Report of the Indian Hemp Drugs Commission, 1894-1895 - Volume VI
Year: 1894
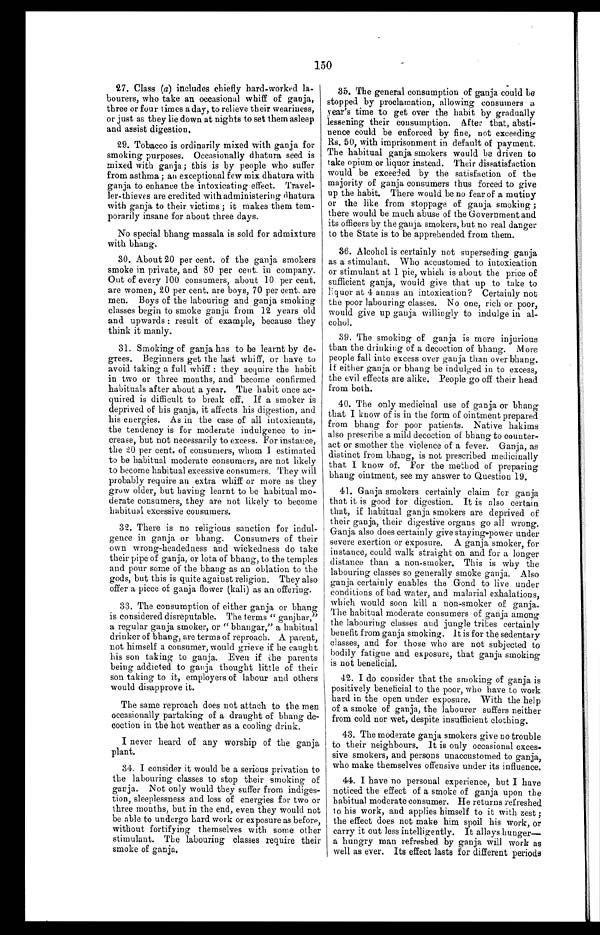
150
27. Class (a) includes chiefly hard-worked la
-bourers, who take an occasional whiff of ganja,
three or four times a day, to relieve their weariness,
or just as they lie down at nights to set them asleep
and assist digestion.
29. Tobacco is ordinarily mixed with ganja for
smoking purposes. Occasionally dhatura seed is
mixed with ganja; this is by people who suffer
from asthma; an exceptional few mix dhatura with
ganja to enhance the intoxicating effect. Travel
- l e r - t h i e v e s a r e c r e d i t e d w i t h a d m i n i s t e r i n g d h a t u r a
with ganja to their victims; it makes them te
m - p o r a r i l y i n s a n e f o r a b o u t t h r e e d a y s .
No special bhang massala is sold for admixture
with bhang.
30. About 20 per cent. of the ganja smokers
smoke in private, and 80 per cent. in company.
Out of every 100 consumers, about 10 per cent.
are women, 20 per cent. are boys, 70 per cent. are
men. Boys of the labouring and ganja smoking
classes begin to smoke ganja from 12 years old
and upwards: resul t of exampl e, because t hey
think it manly.
31. Smoking of ganja has to be learnt by de
- g r e e s . B e g i n n e r s g e t t h e l a s t w h i f f , o r h a v e t o
avoid taking a full whiff: they acquire the habit
in two or three months, and become confirmed
habituals after about a year. The habit once ac
- q u i r e d i s d i f f i c u l t t o b r e a k o f f . I f a s m o k e r i s
deprived of his ganja, it affects his digestion, and
his energies. As in the case of all intoxicants,
the tendency is for moderate indulgence to in
- c r e a s e , b u t n o t n e c e s s a r i l y t o e x c e s s . F o r i n s t a n c e ,
the 20 per cent. of consumers, whom I estimated
to be habitual moderate consumers, are not likely
to become habitual excessive consumers. They will
probably require an extra whiff or more as they
grow older, but having learnt to be habitual mo
- d e r a t e c o n s u m e r s , t h e y a r e n o t l i k e l y t o b e c o m e
habitual excessive consumers.
32. There is no religious sanction for indul
- g e n c e i n g a n j a o r b h a n g . C o n s u m e r s o f t h e i r
own wrong-headedness and wickedness do take
their pipe of ganja, or lota of bhang, to the temples
and pour some of the bhang as an oblation to the
gods, but this is quite against religion. They also
offer a piece of ganja flower (kali) as an offering.
33. The consumption of either ganja or bhang
is considered disreputable. The terms "ganjhar,"
a regular ganja smoker, or "bhangar," a habitual
drinker of bhang, are terms of reproach. A parent,
not himself a consumer, would grieve if he caught
his son taking to ganja. Even if the parents
being addicted to ganja thought little of their
son taking to it, employers of labour and others
would disapprove it.
The same reproach does not attach to the men
occasionally partaking of a draught of bhang d
e - c o c t i o n i n t h e h o t w e a t h e r a s a c o o l i n g d r i n k .
I never heard of any worship of the ganja
plant.
34. I consider it would be a serious privation to
the labouring classes to stop their smoking of
ganja. Not only would they suffer from indiges
- t i o n , s l e e p l e s s n e s s a n d l o s s o f e n e r g i e s f o r t w o o r
three months, but in the end, even they would not
be able to undergo hard work or exposure as before,
without fortifying themselves with some other
stimulant. The labouring classes require their
smoke of ganja.
35. The general consumption of ganja could be
stopped by proclamation, allowing consumers a
year's time to get over the habit by gradually
lessening their consumption. After that, absti
- n e n c e c o u l d b e e n f o r c e d b y f i n e , n o t e x c e e d i n g
Rs. 50, with imprisonment in default of payment.
The habitual ganja smokers would be driven to
take opium or liquor instead. Their dissatisfaction
would be exceeded. by the satisfaction of the
majority of ganja consumers thus forced to give
up the habit. There would be no fear of a mutiny
or the like from stoppage of ganja smoking;
there would be much abuse of the Government and
its officers by the ganja smokers, but no real danger
to the State is to be apprehended from them.
36. Alcohol is certainly not superseding ganja
as a stimulant. Who accustomed to intoxication
or stimulant at 1 pie, which is about the price of
sufficient ganja, would give that up to take to
l i q u o r a t 4 a n n a s a n i n t o x i c a t i o n ? C e r t a i n l y n o t
the poor labouring classes. No one, rich or poor,
would give up ganja willingly to indulge in al
- c o h o l .
39. The smoking of ganja is more injurious
than the drinking of a decoction of bhang. More
people fall into excess over ganja than over bhang.
If either ganja or bhang be indulged in to excess,
the evil effects are alike. People go off their head
from both.
40. The only medicinal use of ganja or bhang
that I know of is in the form of ointment prepared
from bhang for poor patients. Native hakims
also prescribe a mild decoction of bhang to counter
- a c t o r s m o t h e r t h e v i o l e n c e o f a f e v e r . G a n j a , a s
distinct from bhang, is not prescribed medicinally
that I know of. For the method of preparing
bhang ointment, see my answer to Question 19.
41. Ganja smokers certainly claim for ganja
that it is good for digestion. It is also certain
that, if habitual ganja smokers are deprived of
their ganja, their digestive organs go all wrong.
Ganja also does certainly give staying-power under
severe exertion or exposure. A ganja smoker, for
instance, could walk straight on and for a longer
distance than a non-smoker. This is why the
labouring classes so generally smoke ganja. Also
ganja certainly enables the Gond to live under
conditions of bad water, and malarial exhalations,
which would soon kill a non-smoker of ganja.
The habitual moderate consumers of ganja among
the labouring classes and jungle tribes certainly
benefit from ganja smoking. It is for the sedentary
classes, and for those who are not subjected to
bodily fatigue and exposure, that ganja smoking
is not beneficial.
42. I do consider that the smoking of ganja is
positively beneficial to the poor, who have to work
hard in the open under exposure. With the help
of a smoke of ganja, the labourer suffers neither
from cold nor wet, despite insufficient clothing.
43. The moderate ganja smokers give no trouble
to their neighbours. It is only occasional exces
- s i v e s m o k e r s , a n d p e r s o n s u n a c c u s t o m e d t o g a n j a ,
who make themselves offensive under its influence.
44. I have no personal experience, but I have
noticed the effect of a smoke of ganja upon the
habitual moderate consumer. He returns refreshed
to his work, and applies himself to it with zest;
the effect does not make him spoil his work, or
carry it out less intelligently. It allays hunger
— a h u n g r y m a n r e f r e s h e d b y g a n j a w i l l w o r k a s
well as ever. Its effect lasts for different periods